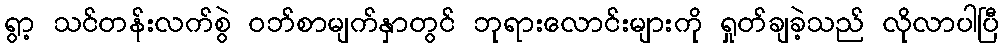
ရွာ့ သင်တန်းလက်စွဲ ဝဘ်စာမျက်နှာတွင် ဘုရားလောင်းများကို ရှုတ်ချခဲ့သည် လိုလာပါပြီ